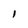
Character: l